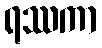
ရဿကာ